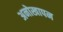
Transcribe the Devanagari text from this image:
अनोखापन